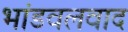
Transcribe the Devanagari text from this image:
भांडवलवाद